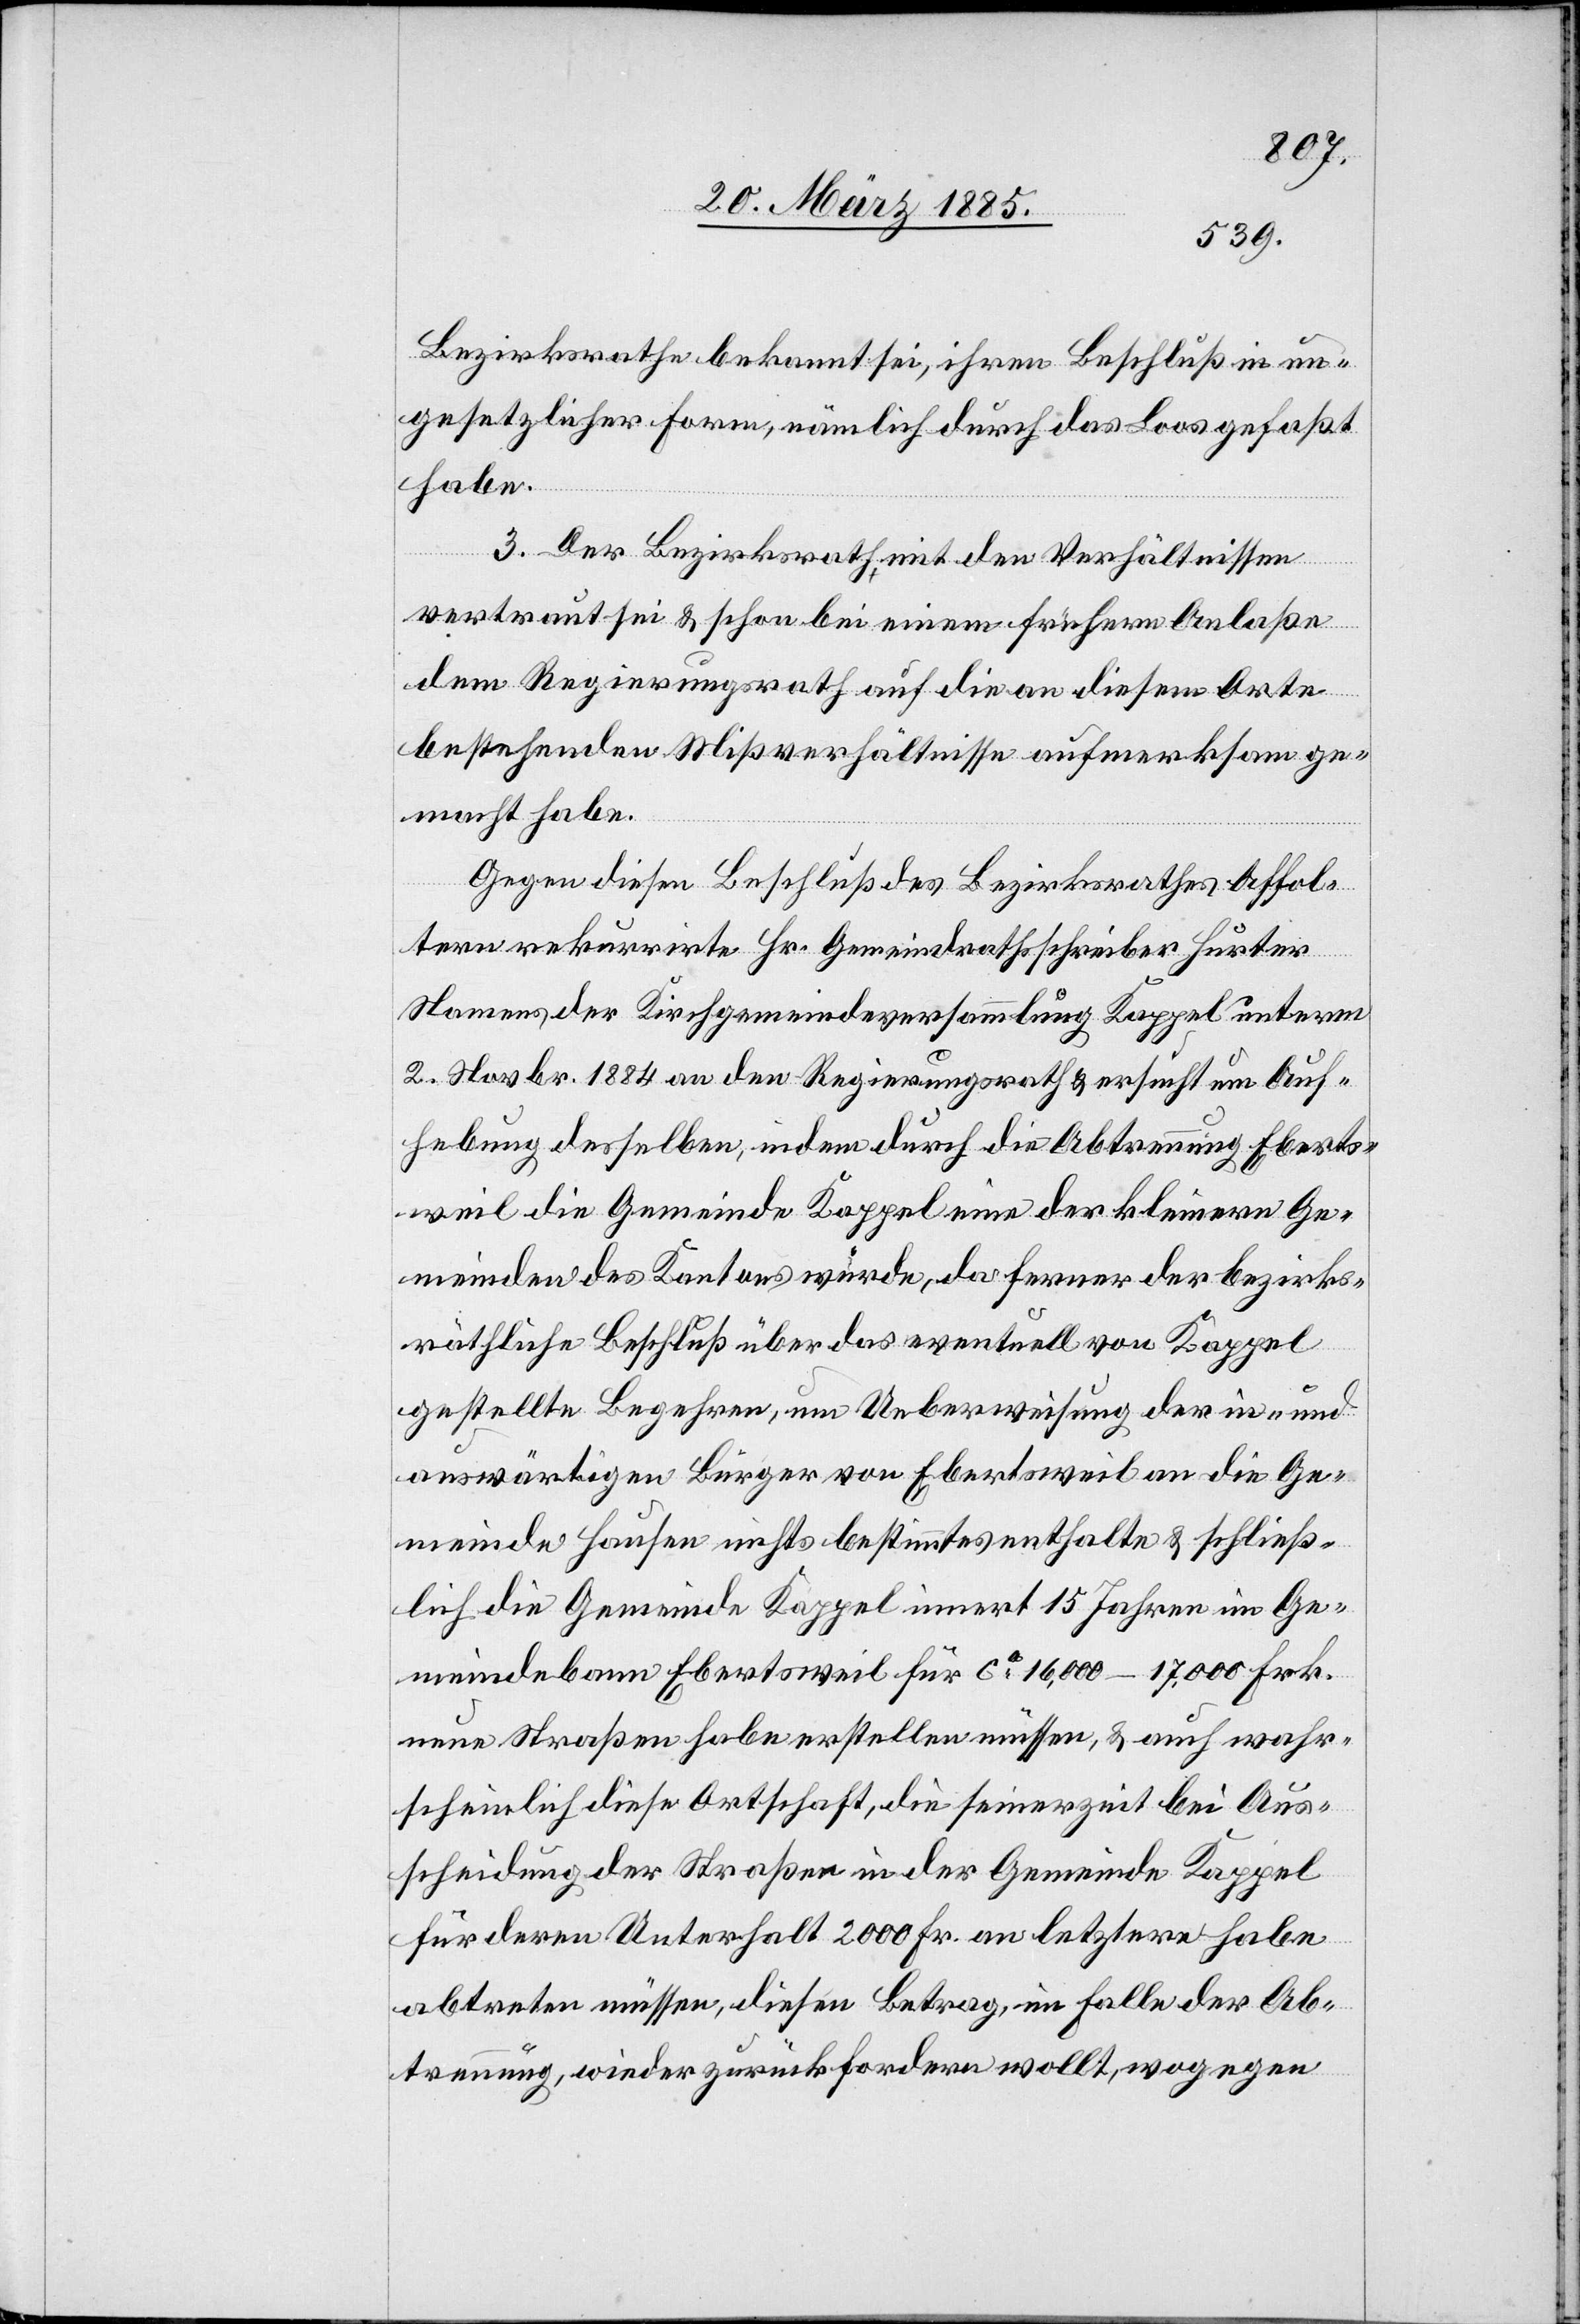
Bezirksrathe bekannt sei, ihren Beschluß in un¬
gesetzlicher Form, nämlich durch das Loos gefaßt
habe.
3. Der Bezirksrath mit den Verhältnissen
vertraut sei & schon bei einem frühern Anlaße
den] Regierungsrath auf die an diesem Orte
bestehenden Mißverhältnisse aufmerksam ge¬
macht habe.
Gegen diesen Beschluß des Bezirksrathes Affol¬
tern rekurrirte Hr. Gemeindrathsschreiber Hurter
Namens der Kirchgemeindeversammlung Kappel unterm
2. Novbr. 1884 an den Regierungsrath & ersucht um Auf¬
hebung desselben, indem durch die Abtrennung [von] Eberts¬
weil die Gemeinde Kappel eine der kleineren Ge¬
meinden des Kantons würde, da ferner der bezirks¬
räthliche Beschluß über das eventuell von Kappel
gestellte Begehren, um Ueberweisung der in- und
auswärtigen Bürger von Ebertsweil an die Ge¬
meinde Hausen nichts bestimmtes enthalte & schließ¬
lich die Gemeinde Kappel innert 15 Jahren im Ge¬
meindebann Ebertsweil für ca 16,000–17,000 Frk.
neue Straßen habe erstellen müssen, & auch wahr¬
scheinlich diese Ortschaft, die seinerzeit bei Aus¬
scheidung der Straßen in der Gemeinde Kappel
für deren Unterhalt 2000 Fr. an letztere habe
abtreten müssen, diesen Betrag, im Falle der Ab¬
trennung, wieder zurückfordern wollt [sic!], wogegen